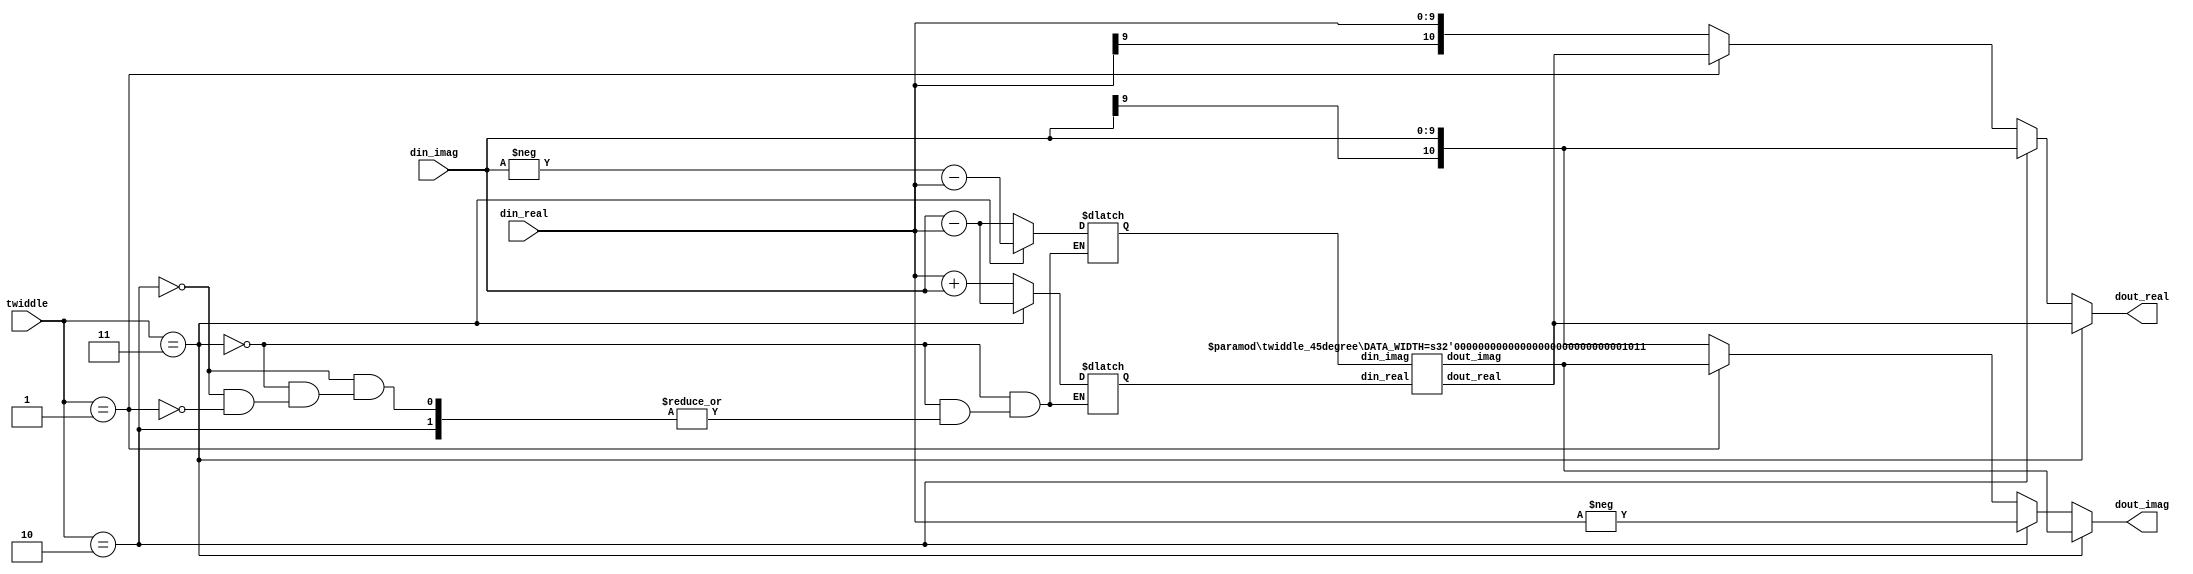
module twiddle8_multiplier
#(
    parameter DATA_WIDTH_IN = 10,
    parameter DATA_WIDTH_OUT = DATA_WIDTH_IN + 1,
    parameter TWIDDLE_RANK = 8
)(
    input wire        [1:0]                twiddle,
    input wire signed [DATA_WIDTH_IN-1:0]  din_real,
    input wire signed [DATA_WIDTH_IN-1:0]  din_imag,
    output reg signed [DATA_WIDTH_OUT-1:0] dout_real,
    output reg signed [DATA_WIDTH_OUT-1:0] dout_imag
);

generate
    case(TWIDDLE_RANK)
        2:
        begin:rank2
            always @(twiddle, din_real, dout_real)
            begin
                dout_real = din_real;
                dout_imag = din_imag;
            end
        end

        4:
        begin: rank4
            always @(twiddle, din_real, din_imag)
            begin
                if(twiddle == 1)
                begin
                    dout_real = din_imag;
                    dout_imag = - din_real;
                end
                else
                begin
                    dout_real = din_real;
                    dout_imag = din_imag;
                end
            end
        end

        8:
        begin: rank8
            reg signed [DATA_WIDTH_OUT-1:0] const_din_real;
            reg signed [DATA_WIDTH_OUT-1:0] const_din_imag;
            wire signed [DATA_WIDTH_OUT-1:0] const_dout_real;
            wire signed [DATA_WIDTH_OUT-1:0] const_dout_imag;

            twiddle_45degree
            #(
                .DATA_WIDTH(DATA_WIDTH_OUT)
            ) twiddle_45degree (
                .din_real(const_din_real),
                .din_imag(const_din_imag),
                .dout_real(const_dout_real),
                .dout_imag(const_dout_imag)
            );

            always @(twiddle, din_real, din_imag, const_dout_real, const_dout_imag)
            begin
                if(twiddle == 3)
                begin
                    const_din_real = din_imag - din_real;
                    const_din_imag = - din_imag - din_real;
                    dout_real = const_dout_real;
                    dout_imag = const_dout_imag;
                end
                else if(twiddle == 2)
                begin
                    dout_real = din_imag;
                    dout_imag = - din_real;
                end
                else if(twiddle == 1)
                begin
                    const_din_real = din_real + din_imag;
                    const_din_imag = din_imag - din_real;
                    dout_real = const_dout_real;
                    dout_imag = const_dout_imag;
                end
                else
                begin
                    dout_real = din_real;
                    dout_imag = din_imag;
                end
            end
        end
    endcase
endgenerate

endmodule


module twiddle_45degree
#(
    parameter DATA_WIDTH = 10
)(
    input  wire signed [DATA_WIDTH-1:0] din_real,
    input  wire signed [DATA_WIDTH-1:0] din_imag,
    output wire signed [DATA_WIDTH-1:0] dout_real,
    output wire signed [DATA_WIDTH-1:0] dout_imag
);

wire signed [DATA_WIDTH-1:0] tmp1_real;
wire signed [DATA_WIDTH-1:0] tmp2_real;
assign tmp1_real = din_real - (din_real >>> 4);
assign tmp2_real = tmp1_real + (tmp1_real >>> 2);
assign dout_real = din_real - (tmp2_real >>> 2);

wire signed [DATA_WIDTH-1:0] tmp1_imag;
wire signed [DATA_WIDTH-1:0] tmp2_imag;
assign tmp1_imag = din_imag - (din_imag >>> 4);
assign tmp2_imag = tmp1_imag + (tmp1_imag >>> 2);
assign dout_imag = din_imag - (tmp2_imag >>> 2);

endmodule